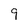
Character: 9